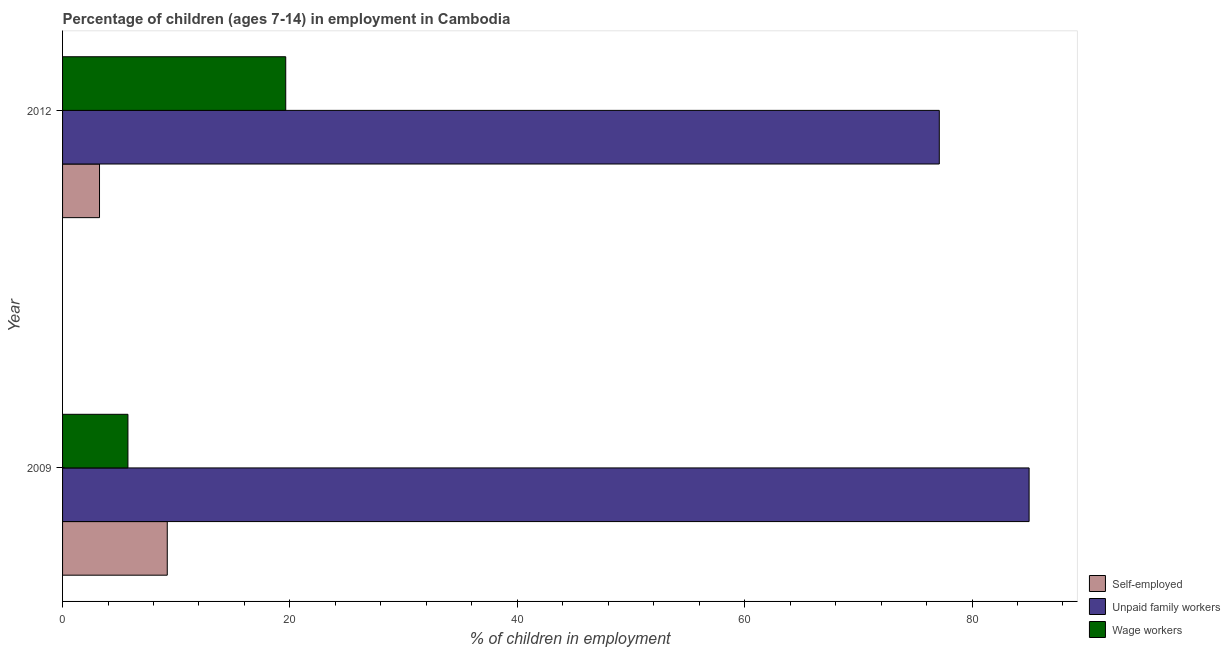
| Year | Self-employed | Unpaid family workers | Wage workers |
 | --- | --- | --- | --- |
 | 2009 | 9.21 | 85 | 5.75 |
 | 2012 | 3.25 | 77.1 | 19.6 |